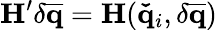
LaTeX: \mathbf{H}^{\prime}\delta\mathbf{\overline{{q}}}=\mathbf{H}(\mathbf{\check{q}}_{i},\delta\mathbf{\overline{{q}}})